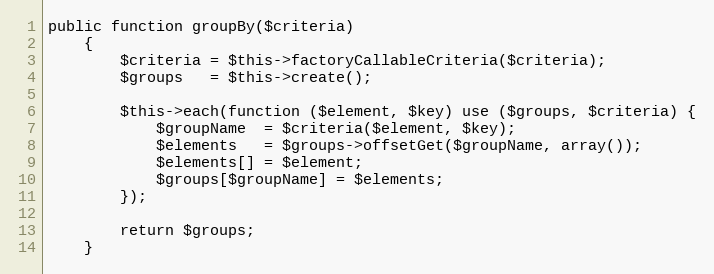
Language: PHP
public function groupBy($criteria)
    {
        $criteria = $this->factoryCallableCriteria($criteria);
        $groups   = $this->create();

        $this->each(function ($element, $key) use ($groups, $criteria) {
            $groupName  = $criteria($element, $key);
            $elements   = $groups->offsetGet($groupName, array());
            $elements[] = $element;
            $groups[$groupName] = $elements;
        });

        return $groups;
    }